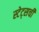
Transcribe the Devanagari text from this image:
स्टेट्सची